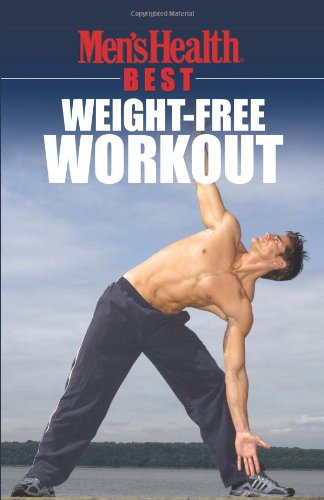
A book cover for Men's Health Best: Weight-Free Workout; Men's Health Magazine; Health, Fitness & Dieting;